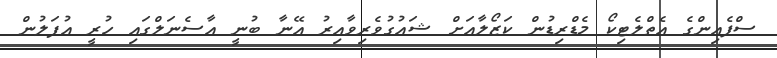
ސްޕެއިންގެ އެތްލެޓިކޯ މެޑްރިޑުން ކަޒޯލާއަށް ޝައުގުވެރިވާއިރު އޭނާ ބުނީ އާސެނަލްގައި ހުރީ އުފަލުން